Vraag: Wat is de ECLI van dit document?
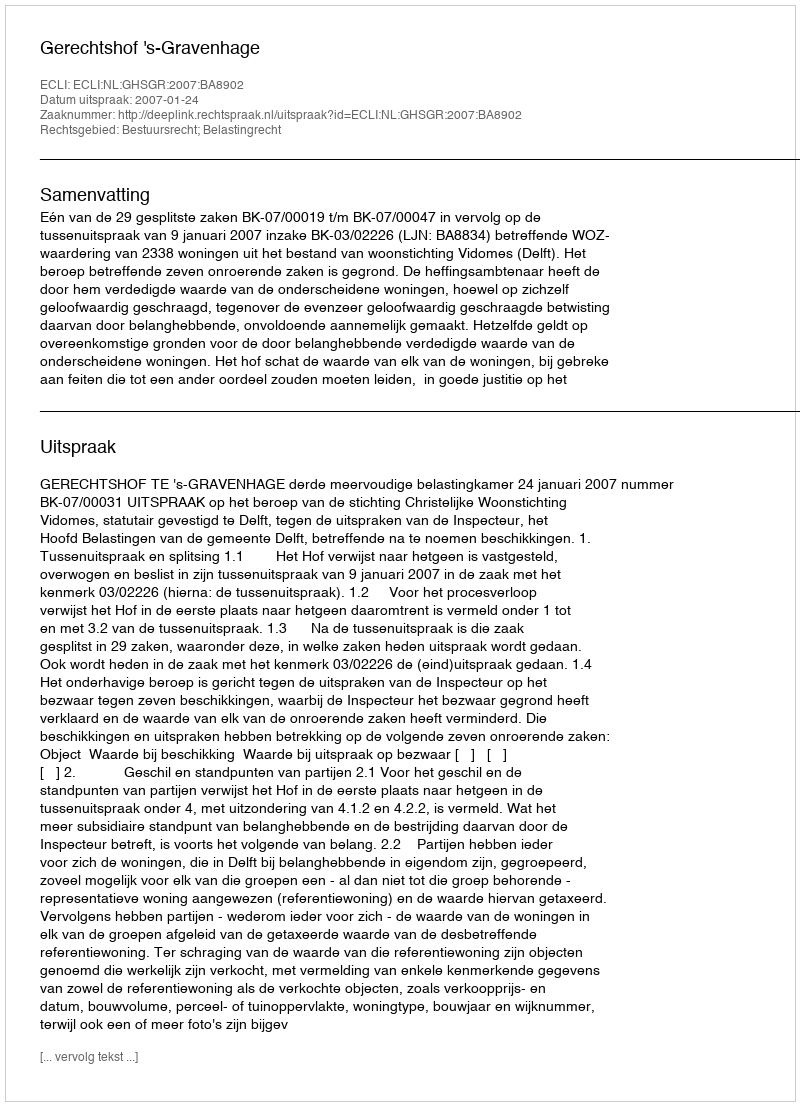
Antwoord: ECLI:NL:GHSGR:2007:BA8902